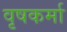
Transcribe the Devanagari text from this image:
वृषकर्मा